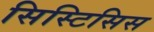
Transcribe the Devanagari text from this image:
सिस्टिसिस